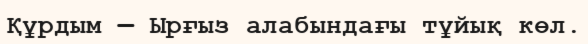
Құрдым — Ырғыз алабындағы тұйық көл.